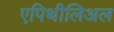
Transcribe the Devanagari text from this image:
एपिथीलिअल